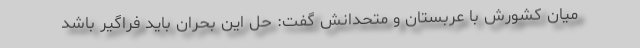
میان کشورش با عربستان و متحدانش گفت: حل این بحران باید فراگیر باشد